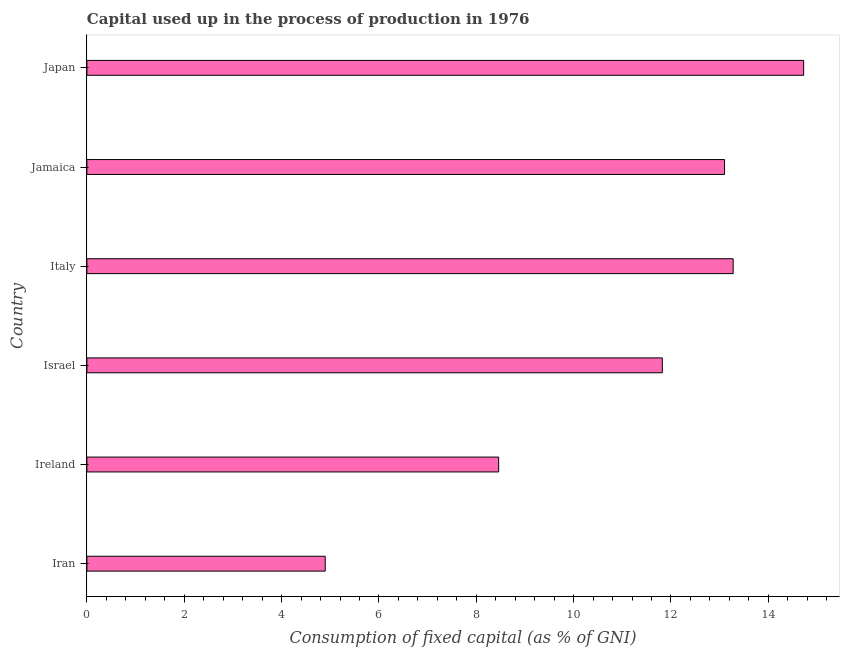
| Country | Consumption of fixed capital |
 | --- | --- |
 | Iran | 4.9 |
 | Ireland | 8.46 |
 | Israel | 11.8 |
 | Italy | 13.3 |
 | Jamaica | 13.1 |
 | Japan | 14.7 |